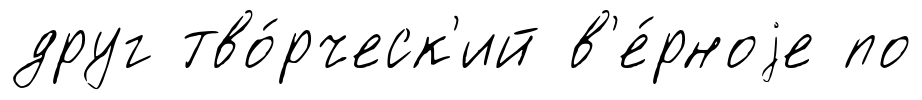
друг тво́рческ'ий в'е́рноjе по